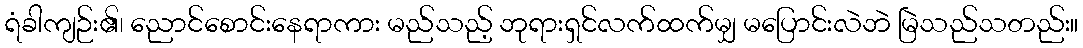
ရံခါကျဉ်း၏၊ ညောင်စောင်းနေရာကား မည်သည့် ဘုရားရှင်လက်ထက်မျှ မပြောင်းလဲဘဲ မြဲသည်သတည်း။